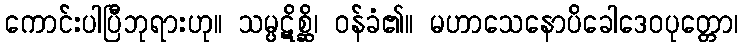
ကောင်းပါပြီဘုရားဟု။ သမ္ပဋိစ္ဆိ၊ ဝန်ခံ၏။ မဟာသေနောပိခေါဒေဝပုတ္တော၊